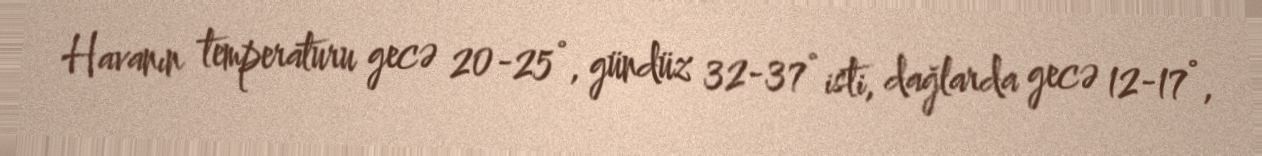
Havanın temperaturu gecə 20-25°, gündüz 32-37° isti, dağlarda gecə 12-17°,